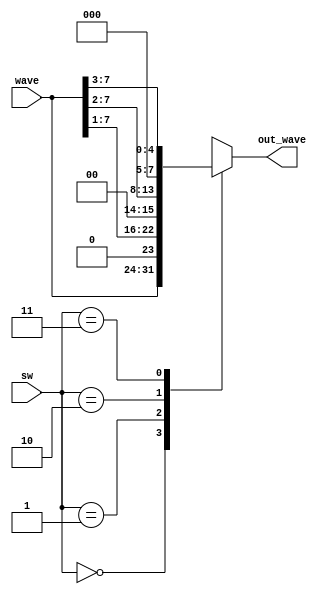
`timescale 1 ns/ 1 ns
module amplitudeselect ( input [7:0] wave, input [1:0] sw ,output reg [7:0] out_wave);
	always@(sw, wave) begin
        case(sw)
		    2'b00:  out_wave = wave;
        2'b01:  out_wave = wave>>1;
        2'b10:  out_wave = wave>>2;
        2'b11:  out_wave = wave>>3;
        endcase
	end
endmodule